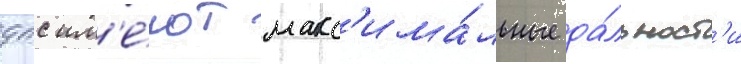
дпс им'е́ют макс'има́льные да́льност'и